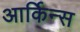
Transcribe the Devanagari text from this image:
आर्किन्स